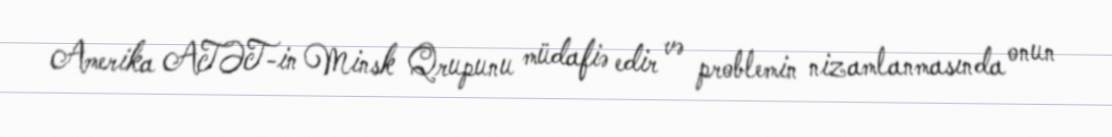
Amerika ATƏT-in Minsk Qrupunu müdafiə edir və problemin nizamlanmasında onun